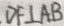
D F \bot A B